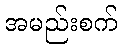
အမည်းစက်